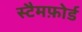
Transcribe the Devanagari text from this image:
स्टैमफ़ोर्ड